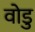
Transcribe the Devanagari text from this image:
वोडु